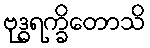
ဗုဒ္ဓရက္ခိတောသိ